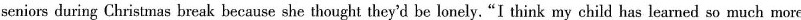
seniors during Christmas break because she thought they'd be lonely. "I think my child has learned so much more